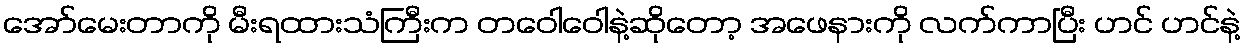
အော်မေးတာကို မီးရထားသံကြီးက တဝေါဝေါနဲ့ဆိုတော့ အဖေနားကို လက်ကာပြီး ဟင် ဟင်နဲ့